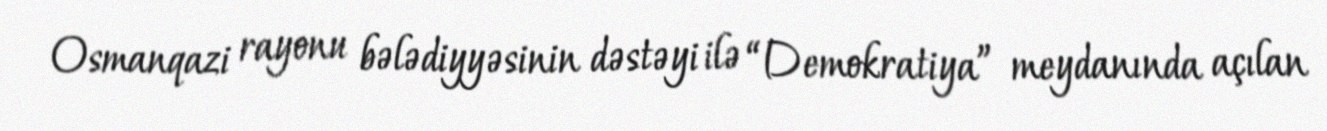
Osmanqazi rayonu bələdiyyəsinin dəstəyi ilə “Demokratiya” meydanında açılan